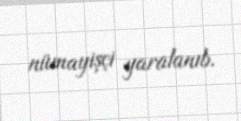
nümayişçi yaralanıb.